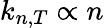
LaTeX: k_{n,T}\propto n